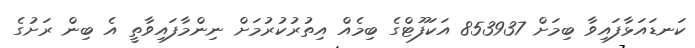
ކަނޑައަޅާފައިވާ ބިމަށް 853937 އަކަފޫޓްގެ ބިމެއް އިތުރުކުރުމަށް ނިންމާފައިވާތީ އެ ބިން ރަށުގެ